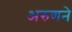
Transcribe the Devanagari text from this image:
अरुणने